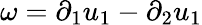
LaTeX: \omega=\partial_{1}u_{1}-\partial_{2}u_{1}